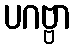
ပဂဗ္ဗာ